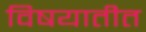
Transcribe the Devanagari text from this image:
विषयातीत